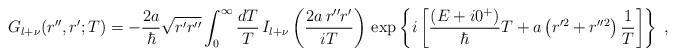
LaTeX: \begin{align*}G_{l+\nu}(r'',r';T)=-\frac{2a}{\hbar}\sqrt{r' r''}\int_{0}^{\infty}\frac{dT}{T}\,I_{l+\nu} \left( \frac{2 a \, r'' r'}{iT} \right)\,\exp \left\{ i\left[\frac{(E+ i 0^{+} )}{\hbar} T+a \left( r'^{2}+r''^{2} \right)\frac{1}{T}\right]\right\}\; ,\end{align*}